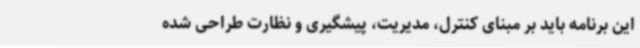
این برنامه باید بر مبنای کنترل، مدیریت، پیشگیری و نظارت طراحی شده